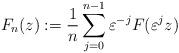
LaTeX: \begin{align*}F_{n}(z):=\frac{1}{n}\sum_{j=0}^{n-1}\varepsilon^{-j} F(\varepsilon^{j} z)\end{align*}